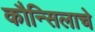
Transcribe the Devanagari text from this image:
कौन्सिलाचे